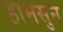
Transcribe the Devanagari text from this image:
हामसुन